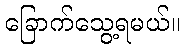
ခြောက်သွေ့ရမယ်။